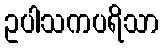
ဥပါသကပရိသာ